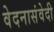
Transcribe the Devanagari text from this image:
वेदनासंवेदी